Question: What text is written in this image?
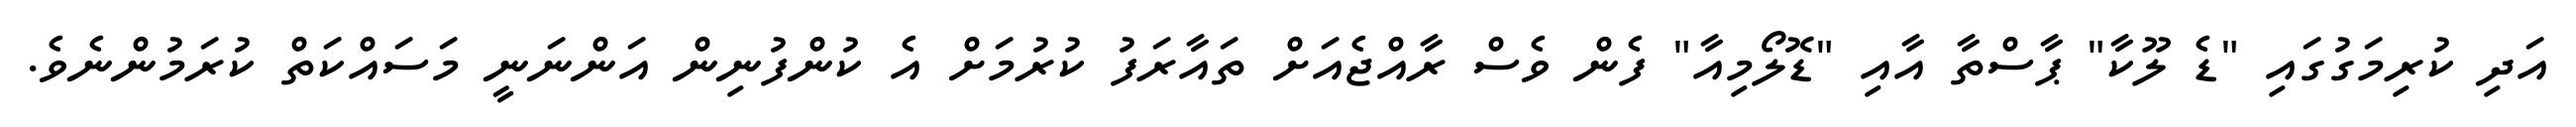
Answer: އަދި ކުރިމަގުގައި "ޑެ ލޫކާ" ޕާސްތާ އާއި "ޑޮލޯމިއާ" ފެން ވެސް ރާއްޖެއަށް ތައާރަފު ކުރުމަށް އެ ކުންފުނިން އަންނަނީ މަސައްކަތް ކުރަމުންނެވެ.